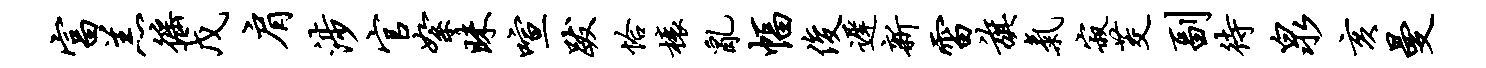
富羔徭戊肩涉官絮昧喧跋恰榱乱幅俊迟新雷旗气寂茭副待泉亥曼